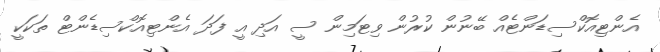
އެންޓިއޮކްސިޑަންޓެއް ބޭނުން ކުރުން ވިޓަމިން ސީ އަދި އީ ފަދަ އެންޓިއޮކްސިޑެންޓް ތަކަކީ